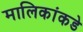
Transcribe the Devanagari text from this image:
मालिकांकडे